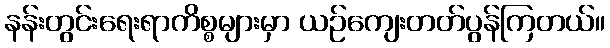
နန်းတွင်းရေးရာကိစ္စများမှာ ယဉ်ကျေးတတ်ပွန်ကြတယ်။